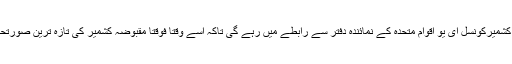
علی رضا سید نے بتایاکہ کشمیرکونسل ای یو اقوام متحدہ کے نمائندہ دفتر سے رابطے میں رہے گی تاکہ اسے وقتا فوقتا مقبوضہ کشمیر کی تازہ ترین صورتحال سے آگاہ کیا جاتا رہے۔